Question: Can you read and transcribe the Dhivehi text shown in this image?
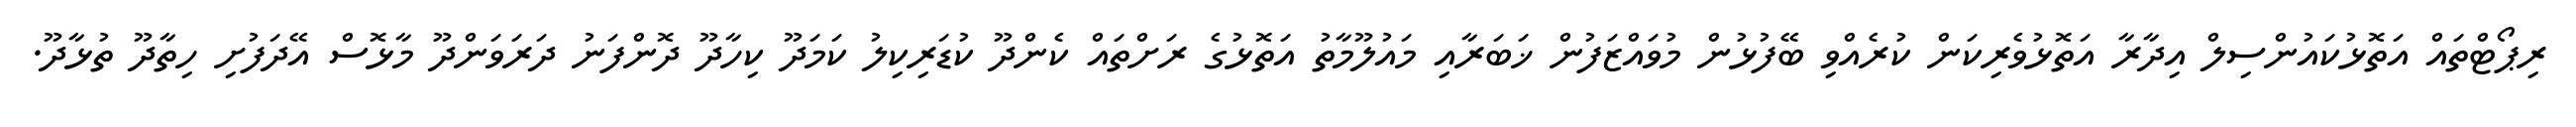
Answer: ރިޕޯޓްތައް އަތޮޅުކައުންސިލް އިދާރާ އަތޮޅުވެރިކަން ކުރެއްވި ބޭފުޅުން މުވައްޒަފުން ޚަބަރާއި މައުލޫމާތު އަތޮޅުގެ ރަށްތައް ކެންދޫ ކުޑަރިކިލު ކަމަދޫ ކިހާދޫ ދޮންފަނު ދަރަވަންދޫ މާޅޮސް އޭދަފުށި ހިތާދޫ ތުޅާދޫ.